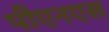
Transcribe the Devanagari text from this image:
पीएनएस